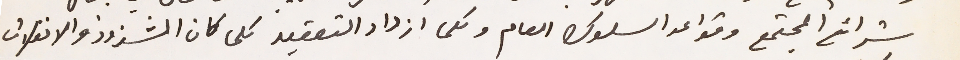
شرائع المجتمع وقواعد السلوك العام وكلما ازداد التعقيد كلما كان الشذوذ والانفلات